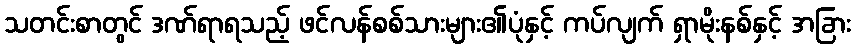
သတင်းစာတွင် ဒဏ်ရာရသည့် ဖင်လန်စစ်သားများ၏ပုံနှင့် ကပ်လျက် ရှာမိုးနစ်နှင့် အခြား